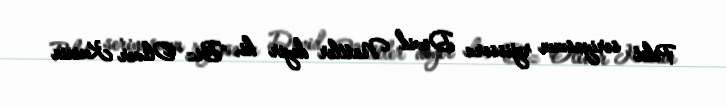
Pilot seriyasının rejissoru Devid Nattler deyir ki, "Biz Oliver Kuinin